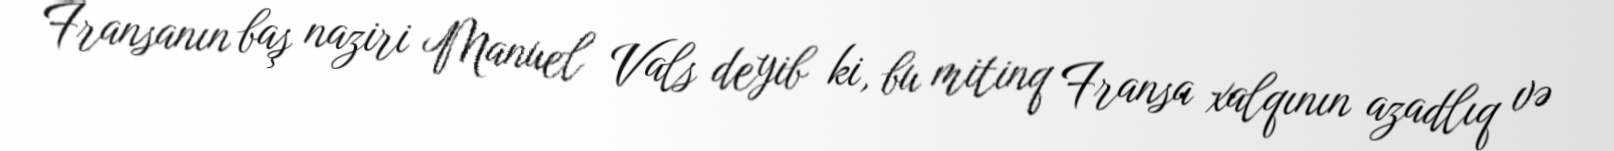
Fransanın baş naziri Manuel Vals deyib ki, bu mitinq Fransa xalqının azadlıq və